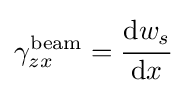
\gamma _{zx}^{\mathrm {beam} }={\cfrac {\mathrm {d} w_{s}}{\mathrm {d} x}}